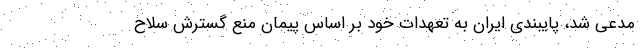
مدعی شد، پایبندی ایران به تعهدات خود بر اساس پیمان منع گسترش سلاح